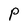
Character: P